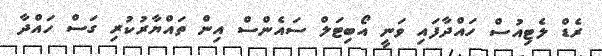
ރެޑް ލެޓިއުސް ހައްދާފައި ވަނީ އޯބިޓަލް ސައެންސް އިން ތައްޔާރުކުރި ގަސް ހައްދާ